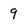
Character: 9